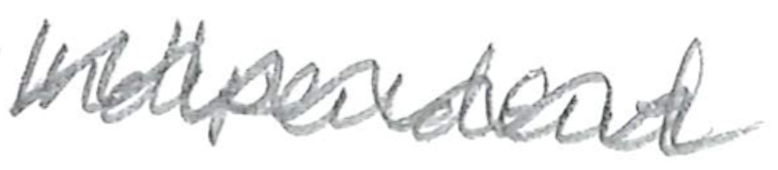
Text: Independent
Cross-out: wave
Writing tool: pencil